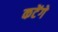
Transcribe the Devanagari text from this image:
कटेंगे